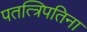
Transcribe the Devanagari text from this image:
पतत्त्रिपतिना